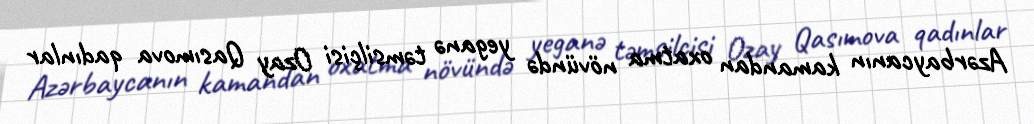
Azərbaycanın kamandan oxatma növündə yeganə təmsilçisi Ozay Qasımova qadınlar